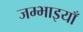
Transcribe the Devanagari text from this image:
जम्भाइयाँ